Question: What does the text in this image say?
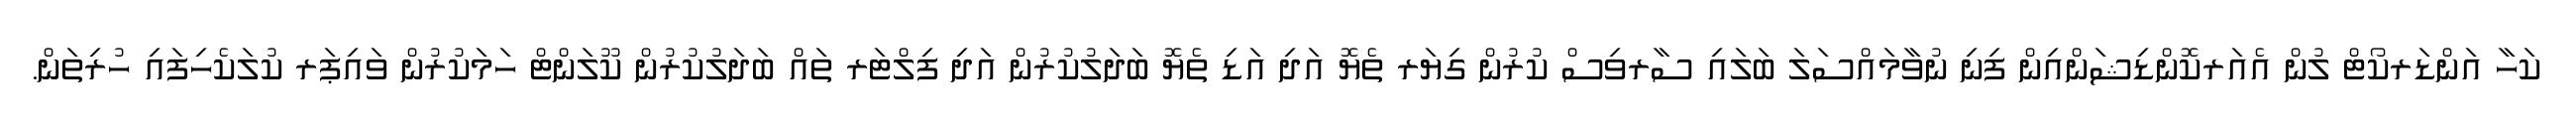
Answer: ކަހާ އަންޑަރކޯޓް ލުން އެއަރކޮންޑިޝަންއިން ފިނި ނުވާމައްސަލަ ބަލައި ސާރވިސް ކުރުން ގިޔަރ ތެޔޮ އަދި އަޑި ތެޔޮ ބަދަލުކުރުން އަދި ފިލްޓަރ ތައް ބަދަލުކުރުން ކޫލަންޓް ހަމަކުރުން ވައިޕަރ ކުލަކެހިފައި ހުރިތަން.